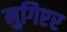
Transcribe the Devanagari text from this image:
नुगिएर